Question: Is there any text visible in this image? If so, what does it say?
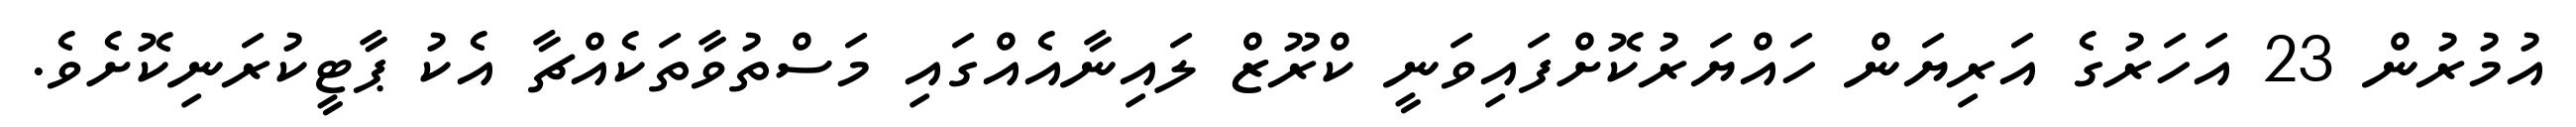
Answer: އުމުރުން 23 އަހަރުގެ އަރިޔަން ހައްޔަރުކޮށްފައިވަނީ ކްރޫޒް ލައިނާއެއްގައި މަސްތުވާތަކެއްޗާ އެކު ޕާޓީކުރަނިކޮށެވެ.